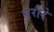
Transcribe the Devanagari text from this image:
घरौंदे